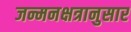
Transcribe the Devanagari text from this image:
जन्मनक्षत्रानुसार